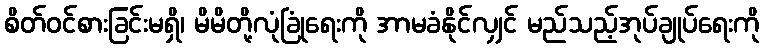
စိတ်ဝင်စားခြင်းမရှိ၊ မိမိတို့လုံခြုံရေးကို အာမခံနိုင်လျှင် မည်သည့်အုပ်ချုပ်ရေးကို